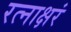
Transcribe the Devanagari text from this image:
रत्‍नाक्षरं